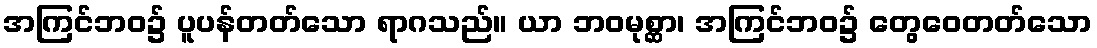
အကြင်ဘဝ၌ ပူပန်တတ်သော ရာဂသည်။ ယာ ဘဝမုစ္ဆာ၊ အကြင်ဘဝ၌ တွေဝေတတ်သော